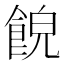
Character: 𩛨